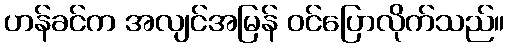
ဟန်ခင်က အလျင်အမြန် ဝင်ပြောလိုက်သည်။